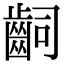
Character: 𪗪